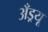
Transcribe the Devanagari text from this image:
अँड्रयू